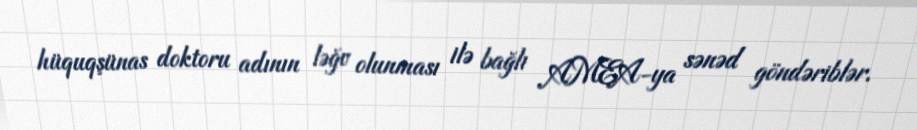
hüquqşünas doktoru adının ləğv olunması ilə bağlı AMEA-ya sənəd göndəriblər.